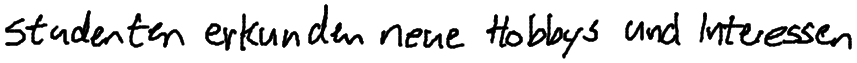
Studenten erkunden neue Hobbys und Interessen.